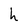
Character: h